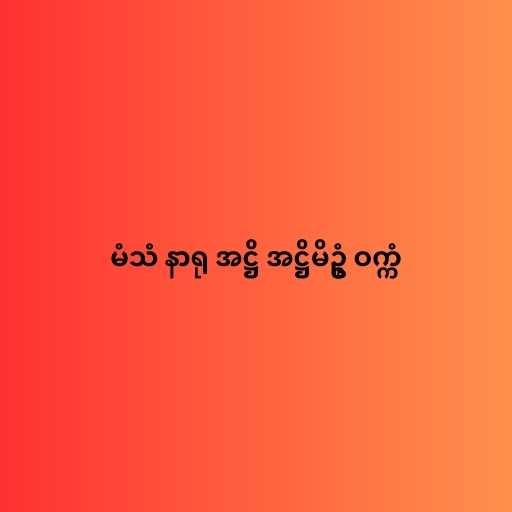
မံသံ နာရု အဋ္ဌိ အဋ္ဌိမိဥ္စံ ဝက္ကံ